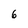
Character: 6